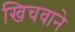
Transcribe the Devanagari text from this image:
खिचवाने